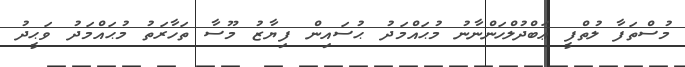
މުސްތަފާ ލުތްފީ ޢަބްދުލްހަންނާނު މުޙައްމަދު ޙުސައިން ފިޔާޒު މޫސާ ތަހާރަތު މުޙައްމަދު ވަޙީދު